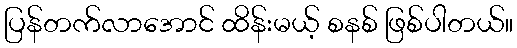
ပြန်တက်လာအောင် ထိန်းမယ့် စနစ် ဖြစ်ပါတယ်။